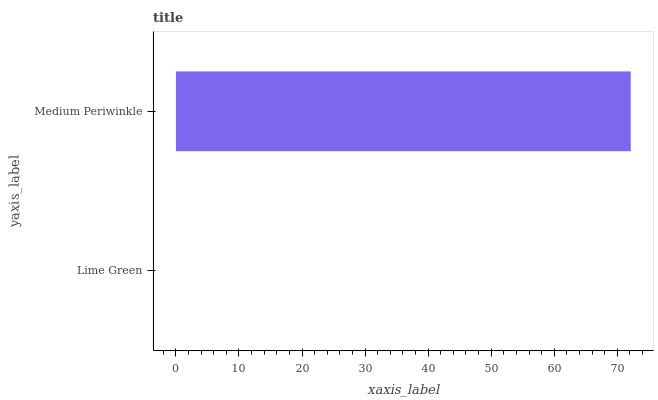
| yaxis_label | bars |
 | --- | --- |
 | Lime Green | 0 |
 | Medium Periwinkle | 72.1 |